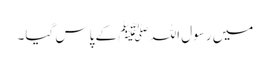
میں رسول اللہ ﷺ کے پاس گیا۔